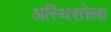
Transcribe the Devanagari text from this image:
अस्थिरतेला